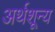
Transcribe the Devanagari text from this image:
अर्थशून्य